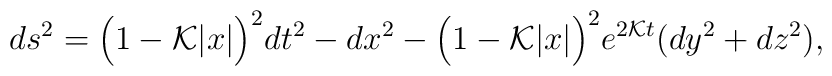
ds^{2} = \Big(1 - {\cal K} |x|\Big)^2dt^{2} - dx^{2} - \Big(1 - {\cal K} |x|\Big)^2 e^{2{\cal K} t}   (dy^{2} + dz^{2}),